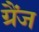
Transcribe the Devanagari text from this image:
ग्रैंज